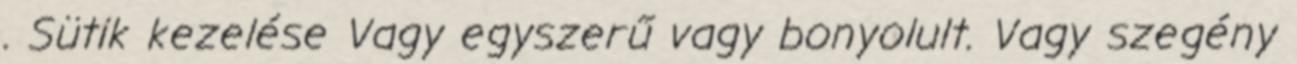
. Sütik kezelése Vagy egyszerű vagy bonyolult. Vagy szegény